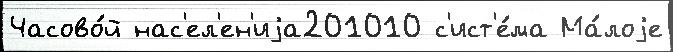
Часово́й нас'ел'ен'иjа201010 с'ист'е́ма Ма́лоjе